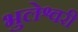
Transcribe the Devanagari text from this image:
भुलेश्वरी